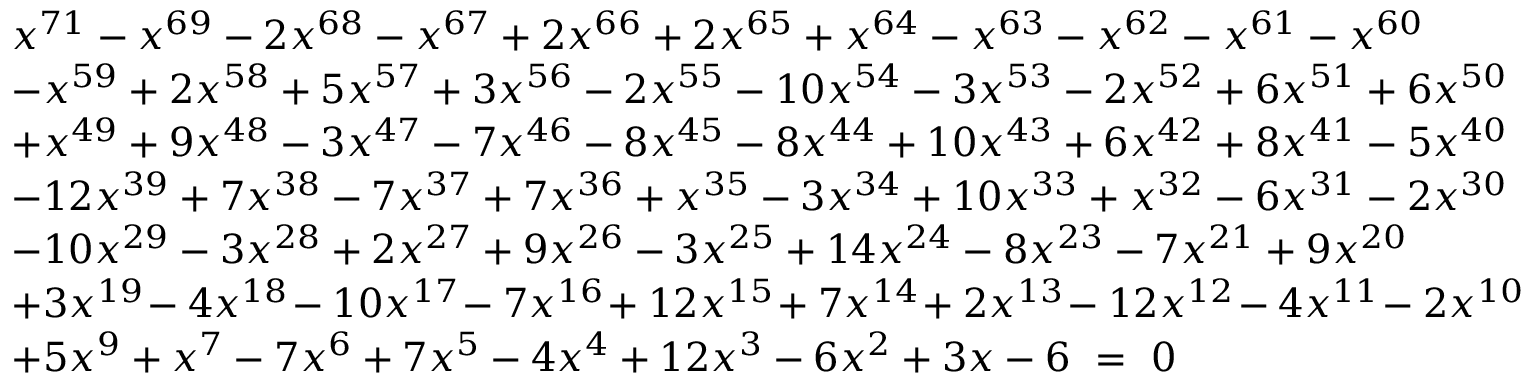
{ \begin{array} { l } { x ^ { 7 1 } - x ^ { 6 9 } - 2 x ^ { 6 8 } - x ^ { 6 7 } + 2 x ^ { 6 6 } + 2 x ^ { 6 5 } + x ^ { 6 4 } - x ^ { 6 3 } - x ^ { 6 2 } - x ^ { 6 1 } - x ^ { 6 0 } } \\ { - x ^ { 5 9 } + 2 x ^ { 5 8 } + 5 x ^ { 5 7 } + 3 x ^ { 5 6 } - 2 x ^ { 5 5 } - 1 0 x ^ { 5 4 } - 3 x ^ { 5 3 } - 2 x ^ { 5 2 } + 6 x ^ { 5 1 } + 6 x ^ { 5 0 } } \\ { + x ^ { 4 9 } + 9 x ^ { 4 8 } - 3 x ^ { 4 7 } - 7 x ^ { 4 6 } - 8 x ^ { 4 5 } - 8 x ^ { 4 4 } + 1 0 x ^ { 4 3 } + 6 x ^ { 4 2 } + 8 x ^ { 4 1 } - 5 x ^ { 4 0 } } \\ { - 1 2 x ^ { 3 9 } + 7 x ^ { 3 8 } - 7 x ^ { 3 7 } + 7 x ^ { 3 6 } + x ^ { 3 5 } - 3 x ^ { 3 4 } + 1 0 x ^ { 3 3 } + x ^ { 3 2 } - 6 x ^ { 3 1 } - 2 x ^ { 3 0 } } \\ { - 1 0 x ^ { 2 9 } - 3 x ^ { 2 8 } + 2 x ^ { 2 7 } + 9 x ^ { 2 6 } - 3 x ^ { 2 5 } + 1 4 x ^ { 2 4 } - 8 x ^ { 2 3 } - 7 x ^ { 2 1 } + 9 x ^ { 2 0 } } \\ { + 3 x ^ { 1 9 } \! - 4 x ^ { 1 8 } \! - 1 0 x ^ { 1 7 } \! - 7 x ^ { 1 6 } \! + 1 2 x ^ { 1 5 } \! + 7 x ^ { 1 4 } \! + 2 x ^ { 1 3 } \! - 1 2 x ^ { 1 2 } \! - 4 x ^ { 1 1 } \! - 2 x ^ { 1 0 } } \\ { + 5 x ^ { 9 } + x ^ { 7 } - 7 x ^ { 6 } + 7 x ^ { 5 } - 4 x ^ { 4 } + 1 2 x ^ { 3 } - 6 x ^ { 2 } + 3 x - 6 \ = \ 0 \quad \quad \quad } \end{array} }